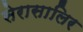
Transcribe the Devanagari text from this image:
सेरासालिर